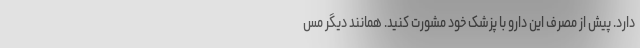
دارد. پیش از مصرف این دارو با پزشک خود مشورت کنید. همانند دیگر مس